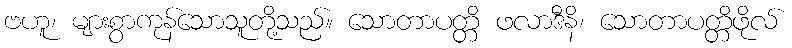
ဗဟူ၊ များစွာကုန်သောသူတို့သည်။ သောတာပတ္တိ ဖလာဒီနိ၊ သောတာပတ္တိဖိုလ်